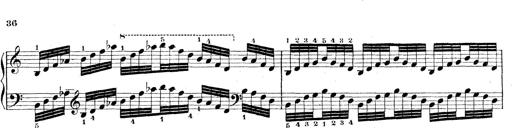
Title: Technische Studien
Composer: Franz Liszt